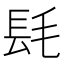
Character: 𨱞